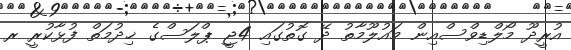
އުރީދޫ މޯލްޑިވްސްއިން މައުލޫމާތު ދޭ ގޮތުގައި 4ޖީ ޕްލަސްގެ ޚިދުމަތް ފުޅާކުރީ ރ